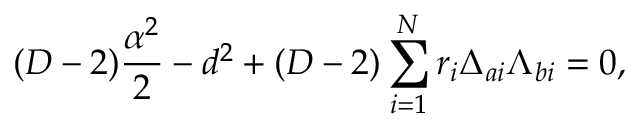
( D - 2 ) { \frac { \alpha ^ { 2 } } { 2 } } - d ^ { 2 } + ( D - 2 ) \sum _ { i = 1 } ^ { N } r _ { i } \Delta _ { a i } \Lambda _ { b i } = 0 ,